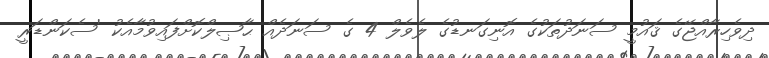
ދިވެހިރާއްޖޭގެ ޤައުމީ ސަނަދުތަކުގެ އޮނިގަނޑުގެ ލެވެލް 4 ގެ ސަނަދެއް ޙާޞިލްކޮށްފައިވުމާއެކު 'ސެކަންޑަރީ